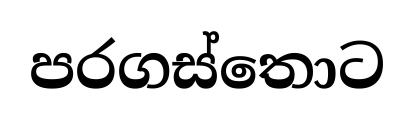
පරගස්තොට